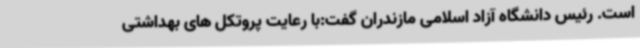
است. رئیس دانشگاه آزاد اسلامی مازندران گفت:با رعایت پروتکل های بهداشتی